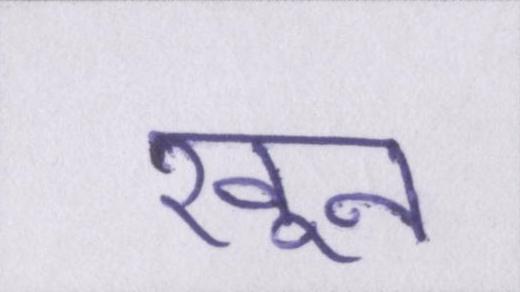
खून